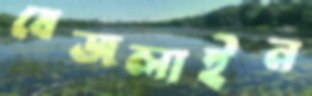
বেজলাইন